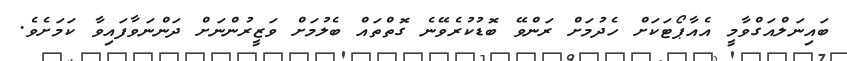
ބައިނަލްއަގްވާމީ އެއާޕޯޓަކަށް ހެދުމަށް ރަންވޭ ބޮޑުކުރެވޭނެ ގޮތްތައް ބެލުމަށް ވަޒީރުންނަށް ދަންނަވާފައިވާ ކަމަށެވެ.